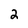
Character: 2